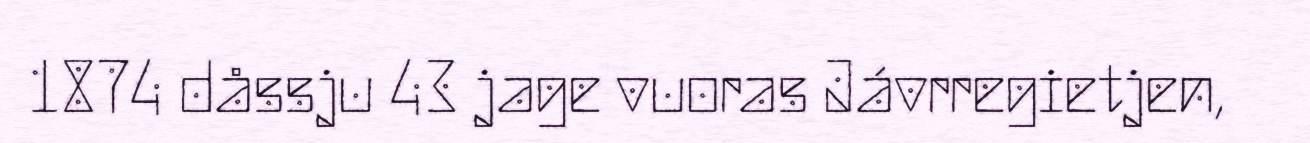
1874 dåssju 43 jage vuoras Jávrregietjen,